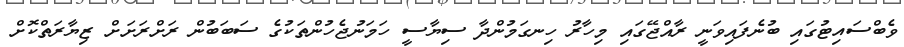
ވެބްސައިޓުގައި ބުނެފައިވަނީ ރާއްޖޭގައި މިހާރު ހިނގަމުންދާ ސިޔާސީ ހަމަނުޖެހުންތަކުގެ ސަބަބުން ރަށްރަށަށް ޒިޔާރަތްކޮށް